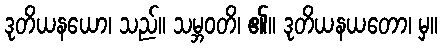
ဒုတိယနယော၊ သည်။ သမ္ဘဝတိ၊ ၏။ ဒုတိယနယတော၊ မှ။